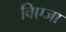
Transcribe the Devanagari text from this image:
विएजा